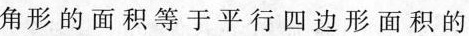
角形的面积等于平行四边形面积的